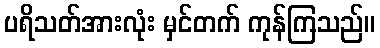
ပရိသတ်အားလုံး မှင်တက် ကုန်ကြသည်။